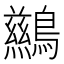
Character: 𲍧